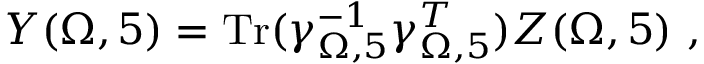
{ \cal Y } ( \Omega , 5 ) = \mathrm { T r } ( \gamma _ { \Omega , 5 } ^ { - 1 } \gamma _ { \Omega , 5 } ^ { T } ) { \cal Z } ( \Omega , 5 ) ~ ,